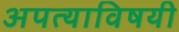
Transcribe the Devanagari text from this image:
अपत्याविषयी